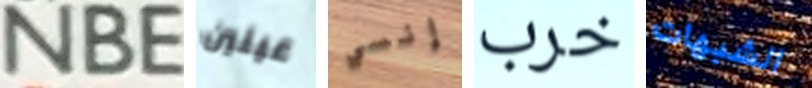
NBE عينين إنسي خرب الشبهات